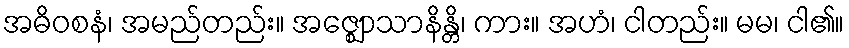
အဓိဝစနံ၊ အမည်တည်း။ အဇ္ဈောသာနိန္တိ၊ ကား။ အဟံ၊ ငါတည်း။ မမ၊ ငါ၏။